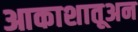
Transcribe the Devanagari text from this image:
आकाशातूअन